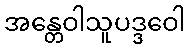
အန္တေဝါသူပဒ္ဒဝေါ